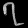
Digit: ၇